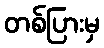
တစ်ပြားမှ